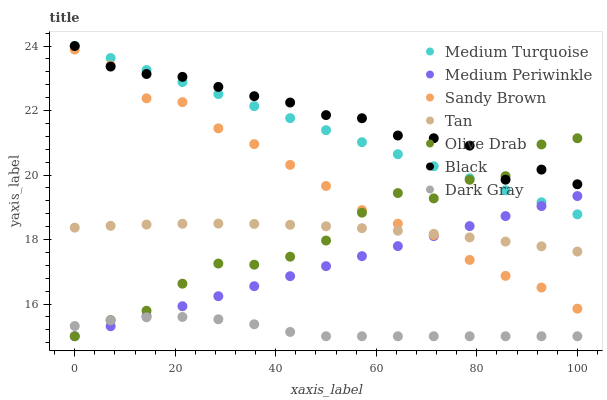
| xaxis_label | Medium Turquoise | Medium Periwinkle | Sandy Brown | Tan | Olive Drab | Black | Dark Gray |
 | --- | --- | --- | --- | --- | --- | --- | --- |
 | 0 | 24 | 15 | 23.9 | 18.4 | 15 | 24 | 15.3 |
 | 7.14 | 23.6 | 15.3 | 23.4 | 18.4 | 15.5 | 23.4 | 15.5 |
 | 14.3 | 23.3 | 15.6 | 22.4 | 18.5 | 15.8 | 23.1 | 15.6 |
 | 21.4 | 22.9 | 15.9 | 22.3 | 18.5 | 16.6 | 23 | 15.6 |
 | 28.6 | 22.5 | 16.2 | 21.4 | 18.5 | 17.3 | 22.7 | 15.5 |
 | 35.7 | 22.1 | 16.6 | 21 | 18.5 | 17.2 | 22.4 | 15.4 |
 | 42.9 | 21.8 | 16.9 | 20.3 | 18.5 | 17.5 | 22.2 | 15.1 |
 | 50 | 21.4 | 17.2 | 19.7 | 18.4 | 18 | 21.9 | 15 |
 | 57.1 | 21 | 17.5 | 18.9 | 18.4 | 18.8 | 21.8 | 15 |
 | 64.3 | 20.6 | 17.8 | 18.5 | 18.3 | 19.4 | 21.2 | 15 |
 | 71.4 | 20.3 | 18.1 | 18.1 | 18.2 | 19.3 | 21.1 | 15 |
 | 78.6 | 19.9 | 18.4 | 17.4 | 18.1 | 19.9 | 20.9 | 15 |
 | 85.7 | 19.5 | 18.7 | 16.9 | 17.9 | 20 | 19.9 | 15 |
 | 92.9 | 19.2 | 19 | 16.5 | 17.8 | 20.9 | 20.2 | 15 |
 | 100 | 18.8 | 19.3 | 15.9 | 17.6 | 21.1 | 19.7 | 15 |